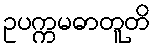
ဥပက္ကမဓာတူတိ